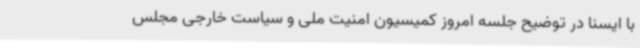
با ایسنا در توضیح جلسه امروز کمیسیون امنیت ملی و سیاست خارجی مجلس